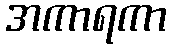
အကာရကာ